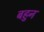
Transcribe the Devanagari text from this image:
बहुन